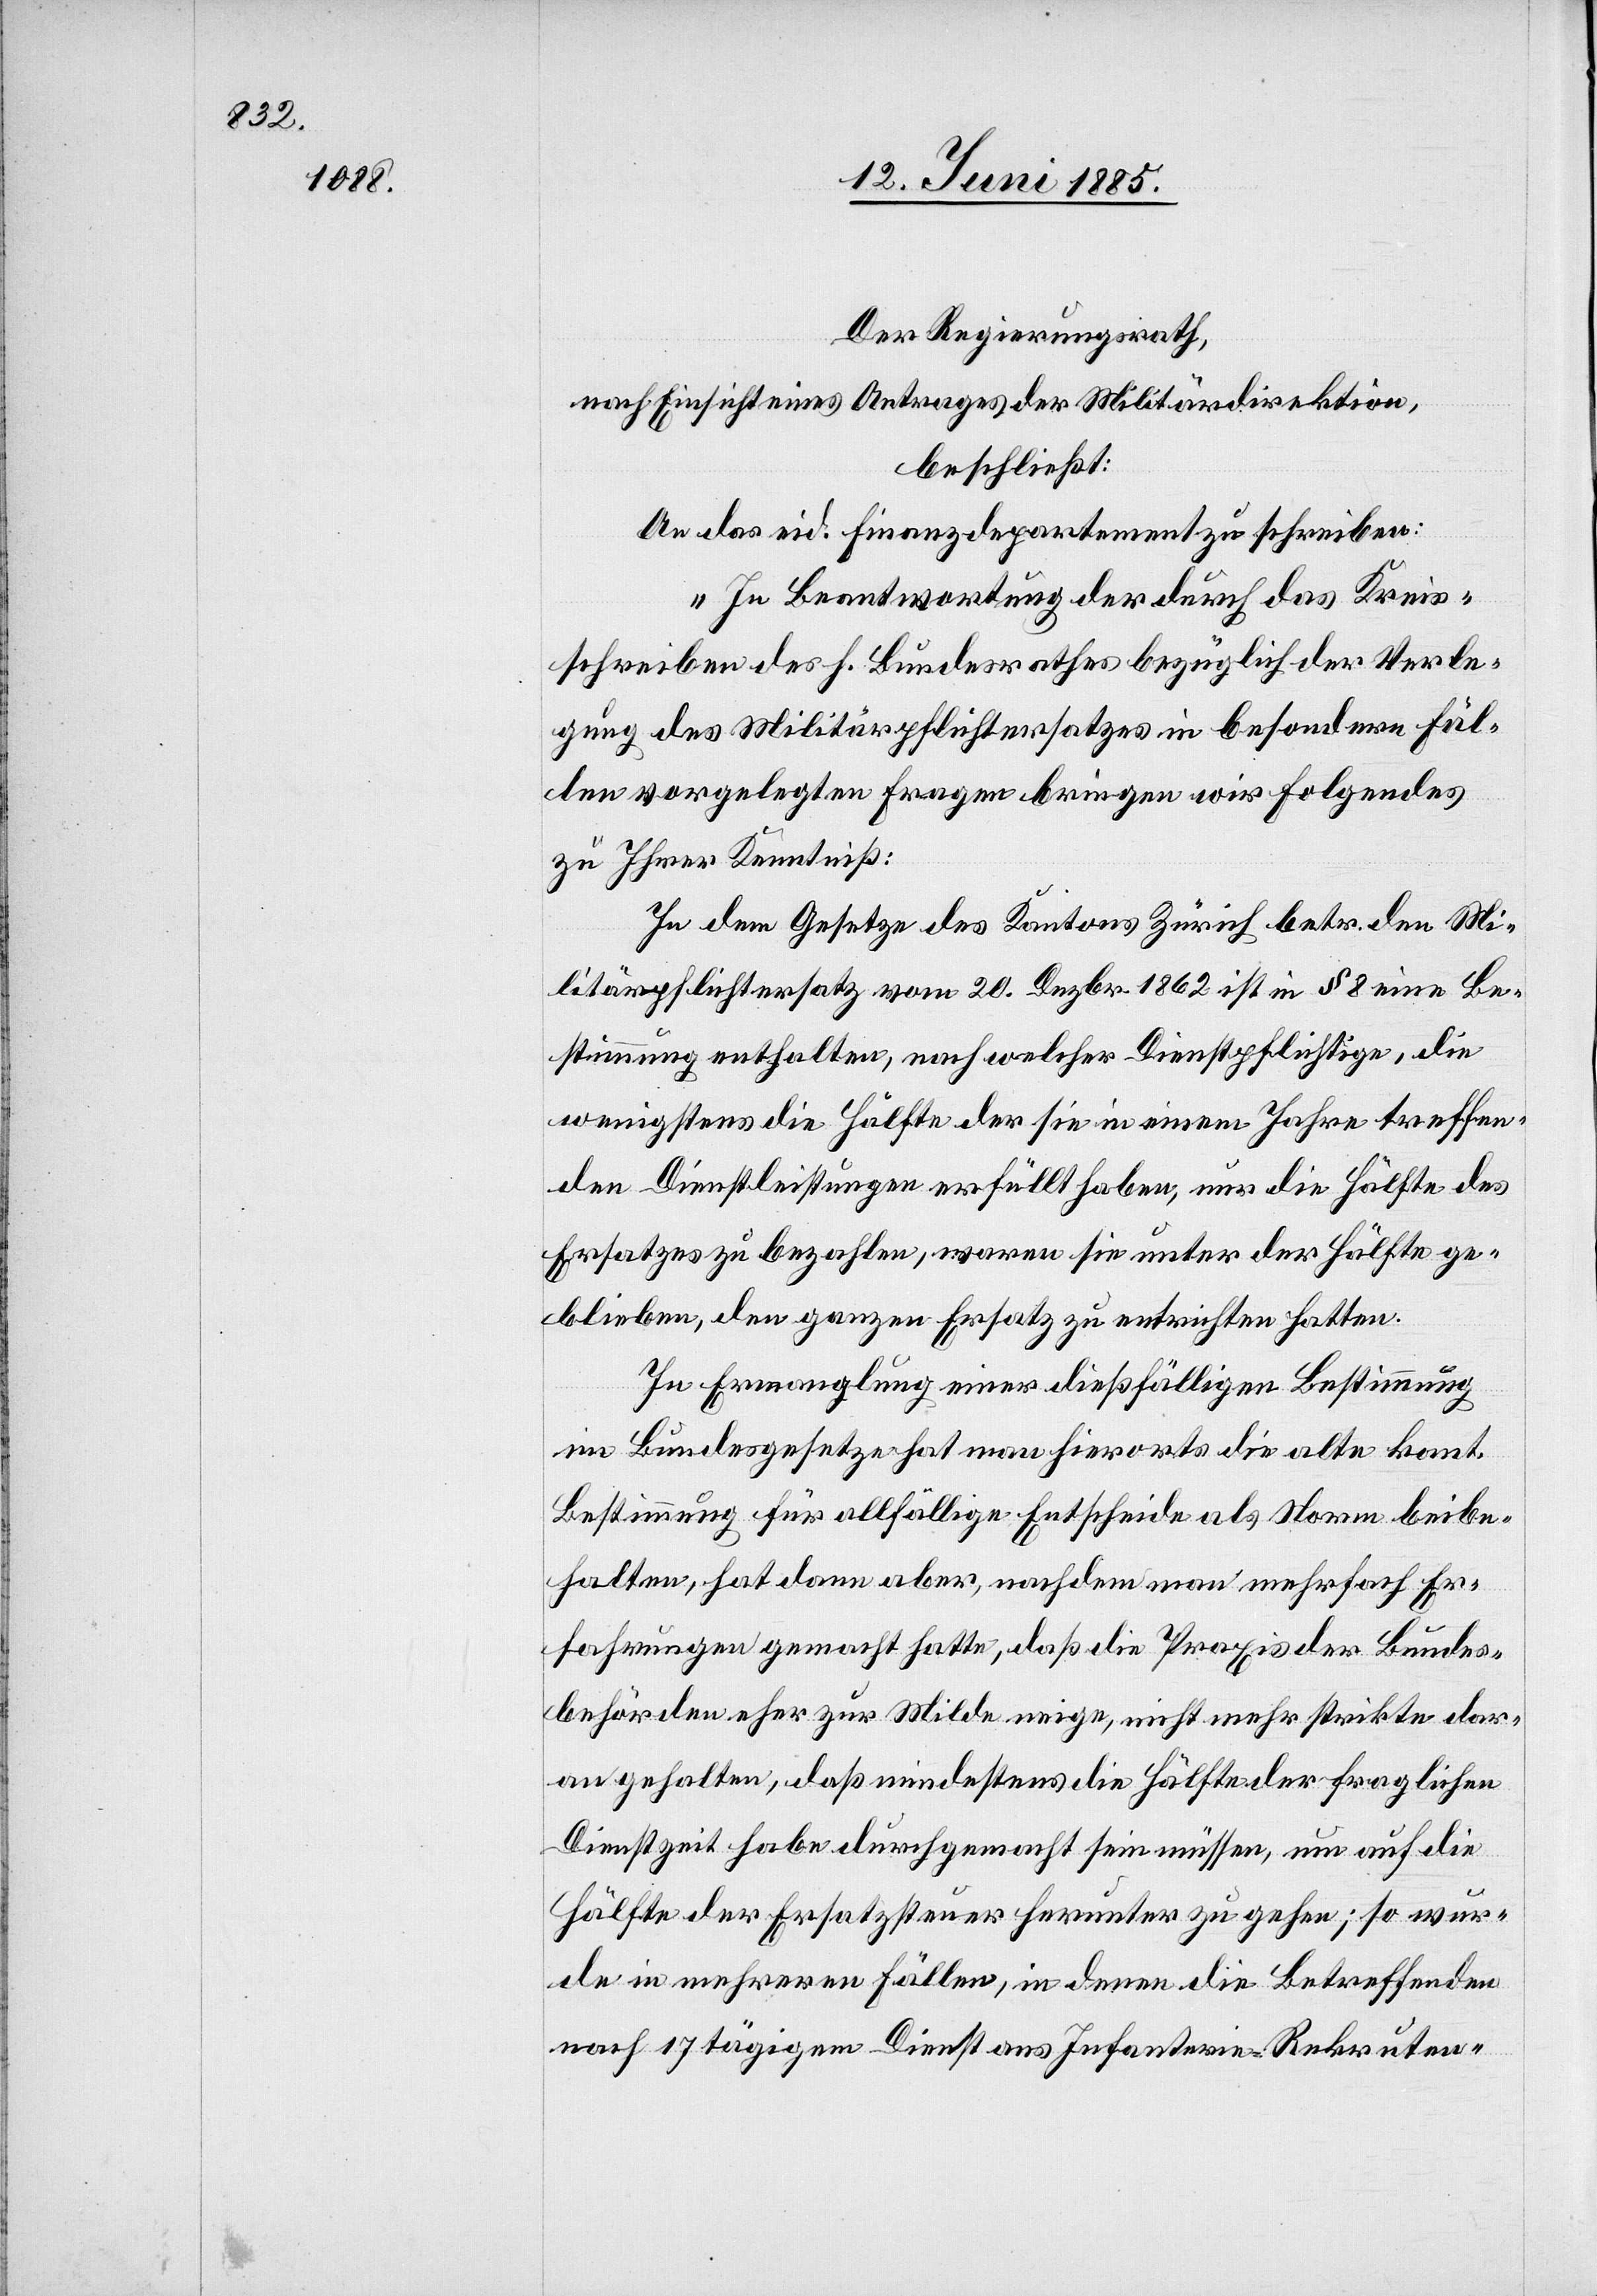
Der Regierungsrath,
nach Einsicht eines Antrages der Militärdirektion,
beschließt:
An das eid. Finanzdepartment zu schreiben:
„In Beantwortung der durch das Kreis¬
schreiben des h. Bundesrathes bezüglich der Verle¬
gung des Militärpflichtersatzes in besondern Fäl¬
len vorgelegten Fragen bringen wir folgendes
zu Ihrer Kenntniß:
In dem Gesetze des Kantons Zürich betr. den Mi¬
litärpflichtersatz vom 20. Dezbr. 1862 ist in § 8 eine Be¬
stimmung enthalten, nach welcher Dienstpflichtige, die
wenigstens die Hälfte der sie in einem Jahre treffen¬
den Dienstleistungen erfüllt haben, nur die Hälfte des
Ersatzes zu bezahlen, waren sie unter der Hälfte ge¬
blieben, den ganzen Ersatz zu entrichten hatten.
In Ermangelung einer dießfälligen Bestimmung
im Bundesgesetze hat man hierorts die alte kant.
Bestimmung für allfällige Entscheide als Norm beibe¬
halten, hat dann aber, nachdem man mehrfach Er¬
fahrungen gemacht hatte, daß die Praxis der Bundes¬
behörden eher zur Milde neige, nicht mehr strikte dar¬
an gehalten, daß mindestens die Hälfte der fraglichen
Dienstzeit habe durchgemacht sein müssen, um auf die
Hälfte der Ersatzsteuer herunter zu gehen; so wur¬
de in mehreren Fällen, in denen die Betreffenden
nach 17tägigem Dienst aus Infanterie-Rekruten-